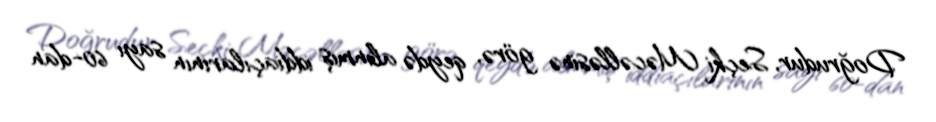
Doğrudur, Seçki Məcəlləsinə görə, qeydə alınmış iddiaçılarının sayı 60-dan